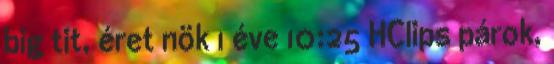
big tit, éret nök 1 éve 10:25 HClips párok,